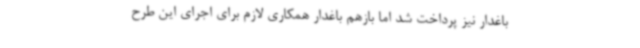
باغدار نیز پرداخت شد اما بازهم باغدار همکاری لازم برای اجرای این طرح